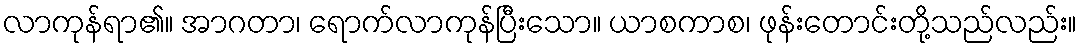
လာကုန်ရာ၏။ အာဂတာ၊ ရောက်လာကုန်ပြီးသော။ ယာစကာစ၊ ဖုန်းတောင်းတို့သည်လည်း။